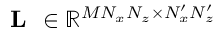
\textbf { L } \in \mathbb { R } ^ { M N _ { x } N _ { z } \times N _ { x } ^ { \prime } N _ { z } ^ { \prime } }